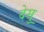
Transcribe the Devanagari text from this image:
देसु